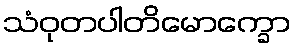
သံဝုတပါတိမောက္ခော